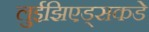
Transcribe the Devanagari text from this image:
लुईझिएड्सकडे